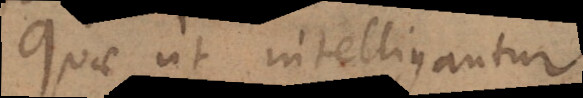
Quae ut intelligantur